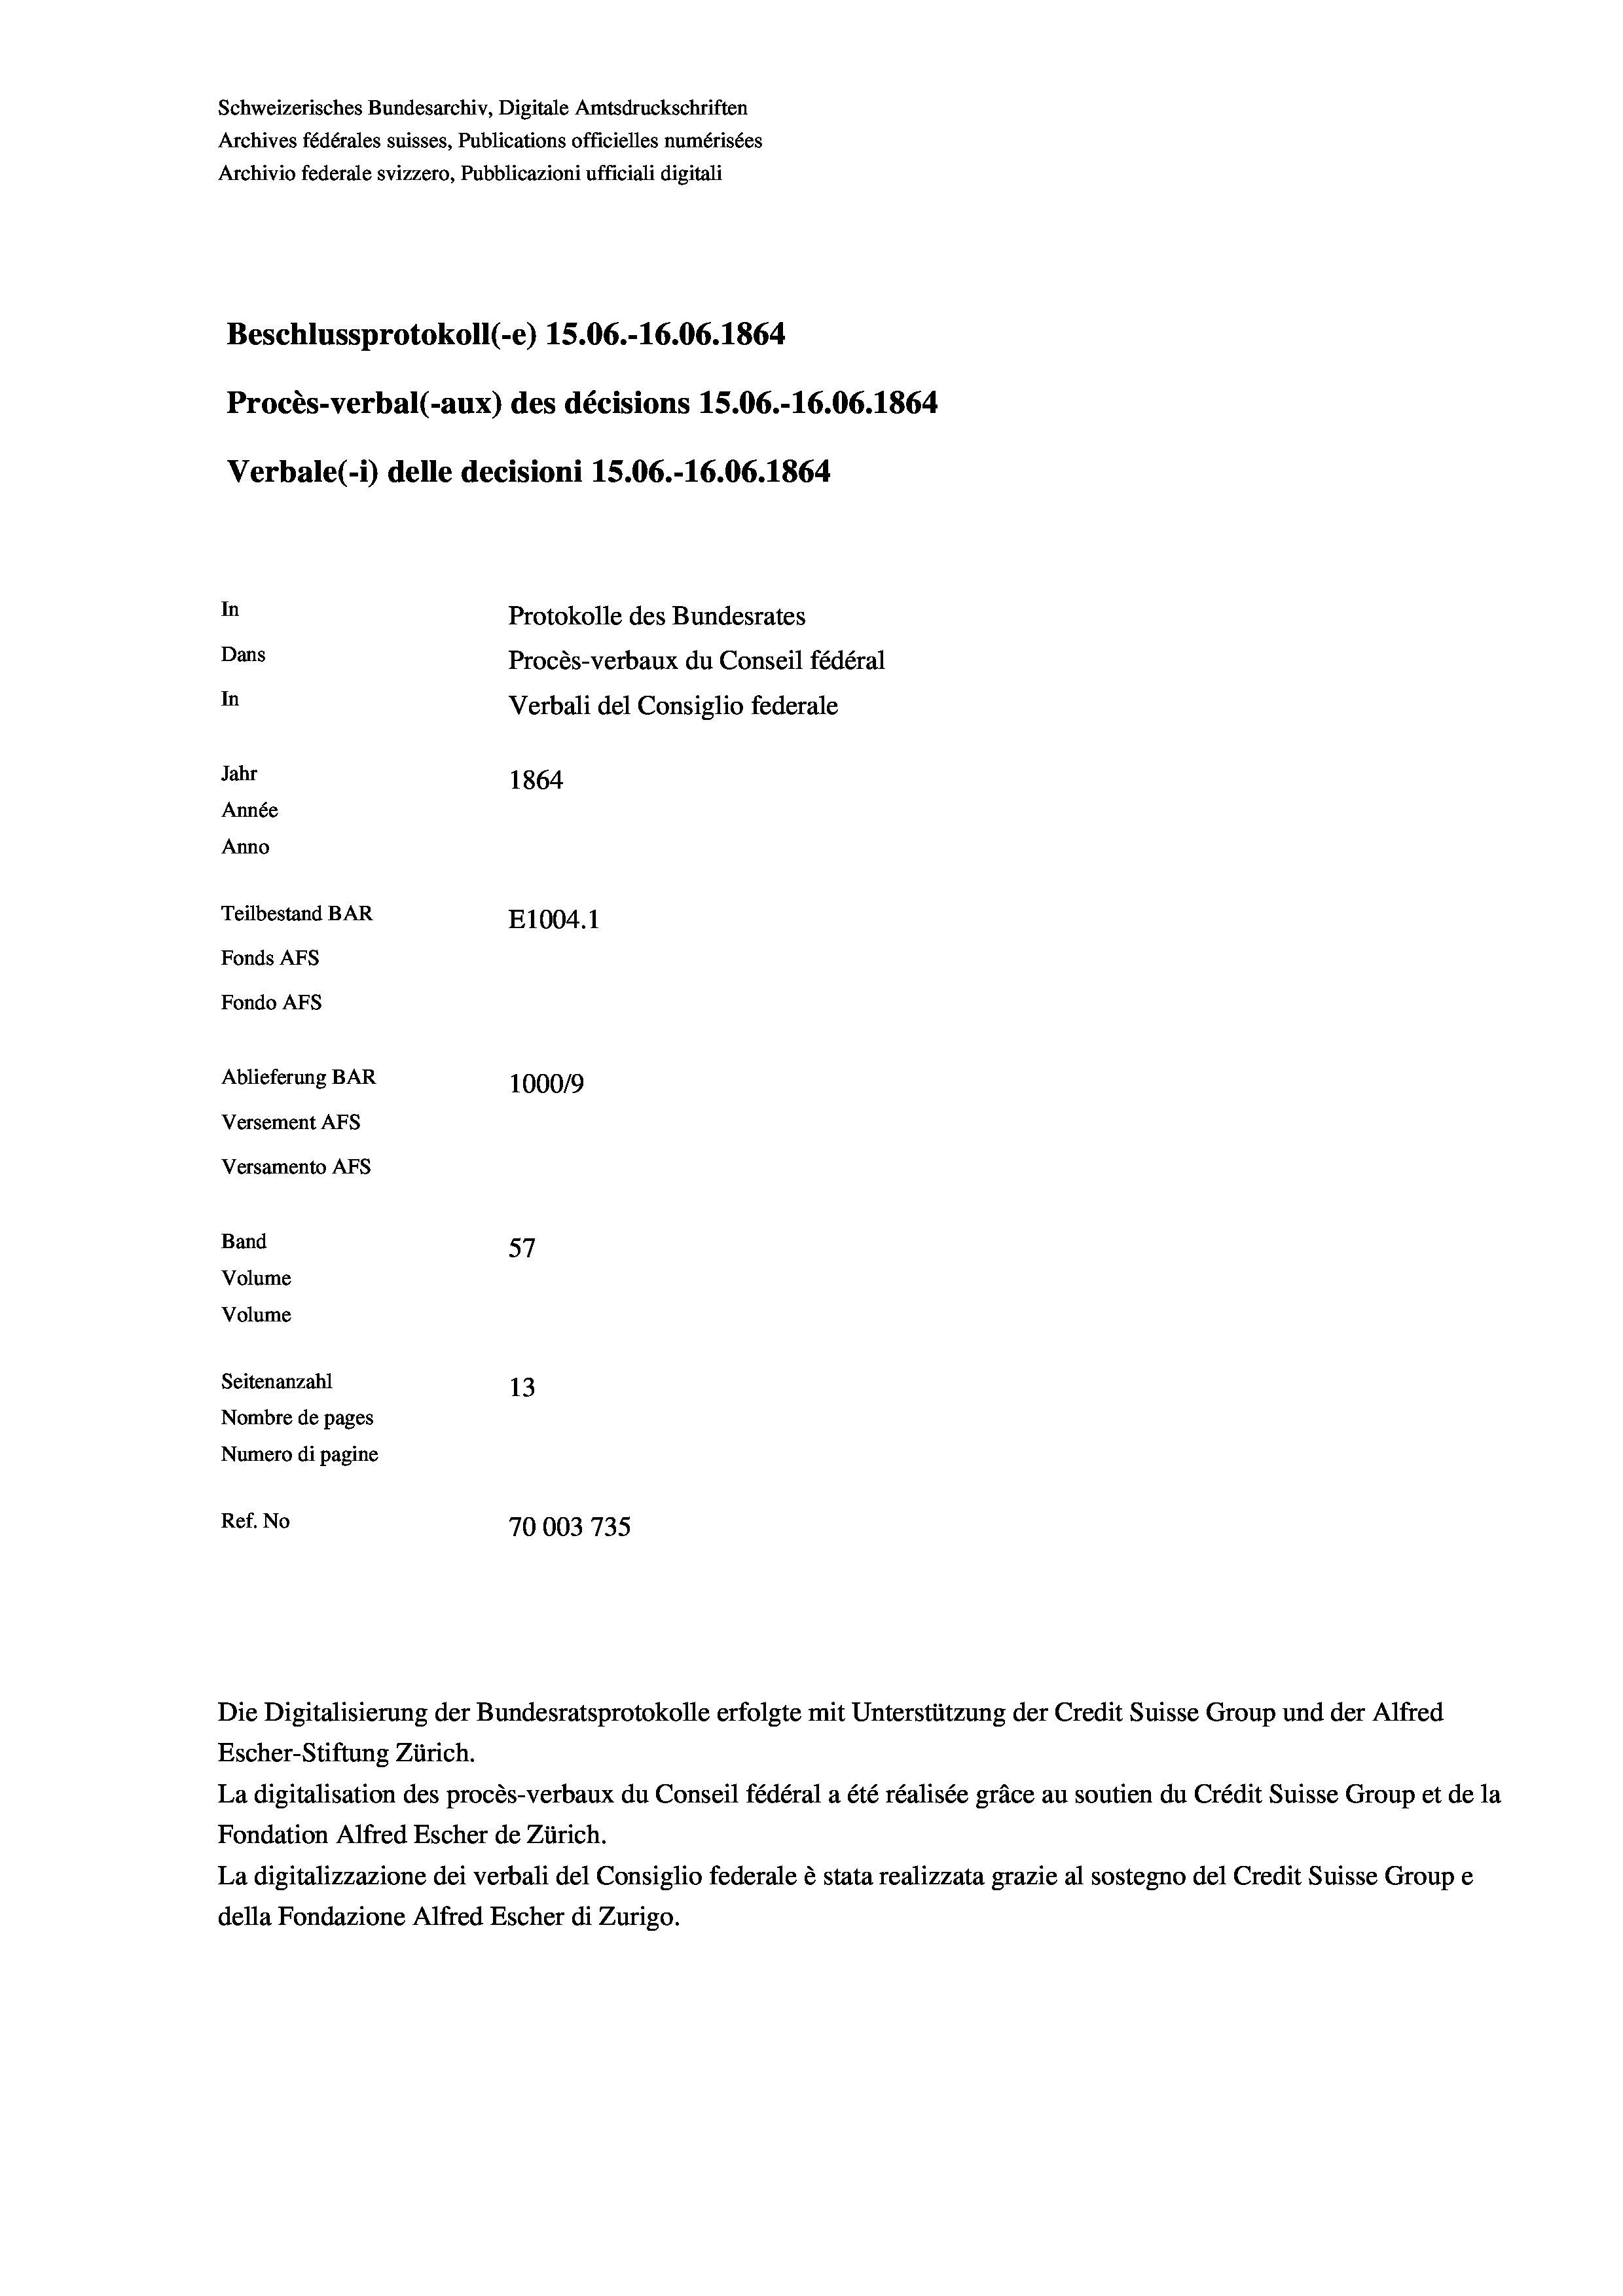
Schweizerisches Bundesarchiv, Digitale Amtsdruckschriften
Archives fédérales suisses, Publications officielles numérisées
Archivio federale svizzero, Pubblicazioni ufficiali digitali
Beschlussprotokoll (-e) 15.06.-16.06. 1864
Procès-verbal (-aux) des décisions 15.06.-16.06. 1864
Verbale (i) delle decisioni 15.06.-16.06. 1864.
In
Protokolle des Bundesrates
Dans
Procès-verbaux du Conseil fédéral
In
Verbali del Consiglio federale
Jahr
1864
Année
Anno
Teilbestand BAR
E1004.1
Fonds AFs
Fondo Afs
Ablieferung BAR
100019
Versement AFs
Versamento AFs
Band

57
13
Nombre de pages
Numero di pagine
Ref. No
70003735

Volume
Volume
Seitenanzahl

Escher-Stiftung Zürich.
La digitalisation des procès-verbaux du Conseil fédéral a été réalisée gräce au soutien du Crédit Suisse Group et de la
Fondation Alfred Escher de Zürich.
La digitalizzazione dei verbali del Consiglio federale è stata realizzata grazie al sostegno del Credit Suisse Groupe
della Fondazione Alfred Escher di Zurigo.

Die Digitalisierung der Bundesratsprotokolle erfolgte mit Unterstützung der Credit Suisse Group und der Alfred